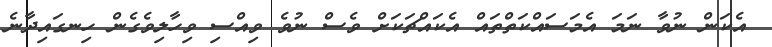
އެކަން ނުވާ ނަމަ އެމަސައްކަތްތައް އެކައްޗަކަށް ވެސް ނުވެ ވިއްސި ވިހާލިވެގެން ހިނގައިދާނެ